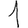
Digit: 1